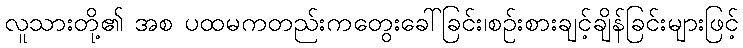
လူသားတို့၏ အစ ပထမကတည်းကတွေးခေါ်ခြင်း၊စဉ်းစားချင့်ချိန်ခြင်းများဖြင့်